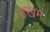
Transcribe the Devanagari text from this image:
उखम